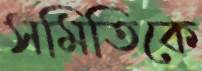
সমিতিকে